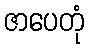
ဇာပေတုံ